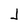
Character: J